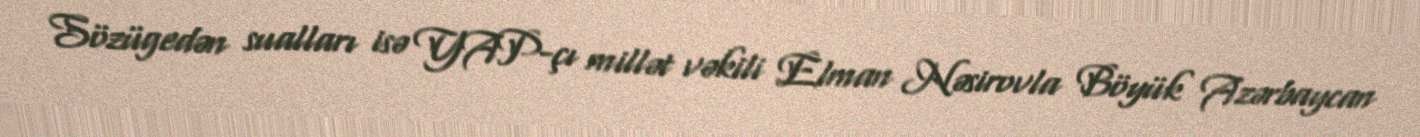
Sözügedən sualları isə YAP-çı millət vəkili Elman Nəsirovla Böyük Azərbaycan